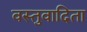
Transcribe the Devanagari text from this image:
वस्तुवादिता